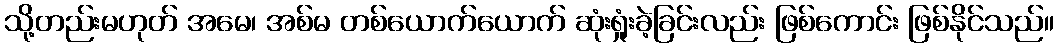
သို့တည်းမဟုတ် အမေ၊ အစ်မ တစ်ယောက်ယောက် ဆုံးရှုံးခဲ့ခြင်းလည်း ဖြစ်ကောင်း ဖြစ်နိုင်သည်။